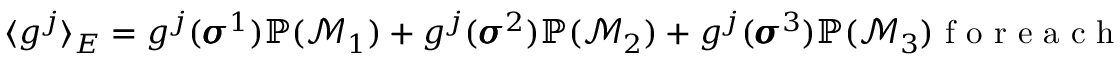
\begin{array} { r } { \langle g ^ { j } \rangle _ { E } = g ^ { j } ( \pmb { \sigma } ^ { 1 } ) \mathbb { P } ( \mathcal { M } _ { 1 } ) + g ^ { j } ( \pmb { \sigma } ^ { 2 } ) \mathbb { P } ( \mathcal { M } _ { 2 } ) + g ^ { j } ( \pmb { \sigma } ^ { 3 } ) \mathbb { P } ( \mathcal { M } _ { 3 } ) \mathrm { ~ f ~ o ~ r ~ e ~ a ~ c ~ h ~ } j } \end{array}